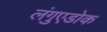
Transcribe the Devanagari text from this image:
लंगुएडोक